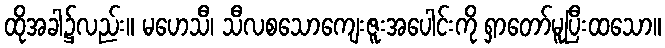
ထိုအခါ၌လည်း။ မဟေသီ၊ သီလစသောကျေးဇူးအပေါင်းကို ရှာတော်မူပြီးထသော။